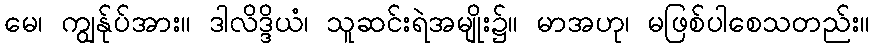
မေ၊ ကျွန်ုပ်အား။ ဒါလိဒ္ဒိယံ၊ သူဆင်းရဲအမျိုး၌။ မာအဟု၊ မဖြစ်ပါစေသတည်း။